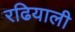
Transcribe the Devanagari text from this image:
रढियाली